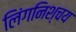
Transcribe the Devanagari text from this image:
लिंगनिश्चय